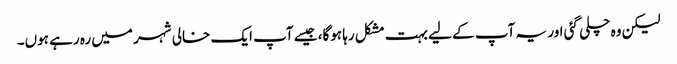
لیکن وہ چلی گئی اور یہ آپ کے لیے بہت مشکل رہا ہوگا، جیسے آپ ایک خالی شہر میں رہ رہے ہوں۔